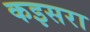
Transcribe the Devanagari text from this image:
कइसरा